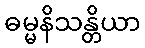
ဓမ္မနိသန္တိယာ